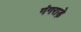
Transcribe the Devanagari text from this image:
गंगराड़े